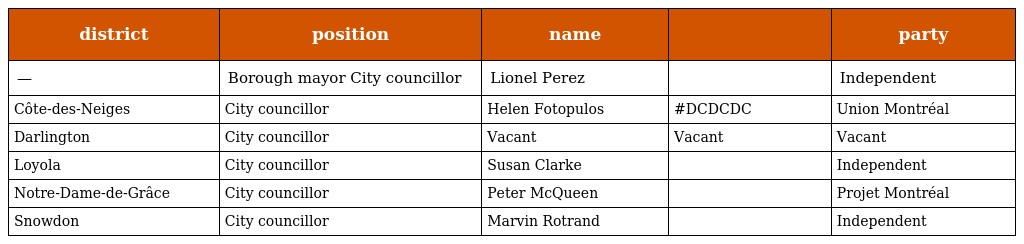
| district | position | name |  | party |
 | --- | --- | --- | --- | --- |
 | — | Borough mayor City councillor | Lionel Perez |  | Independent |
 | Côte-des-Neiges | City councillor | Helen Fotopulos | #DCDCDC | Union Montréal |
 | Darlington | City councillor | Vacant | Vacant | Vacant |
 | Loyola | City councillor | Susan Clarke |  | Independent |
 | Notre-Dame-de-Grâce | City councillor | Peter McQueen |  | Projet Montréal |
 | Snowdon | City councillor | Marvin Rotrand |  | Independent |